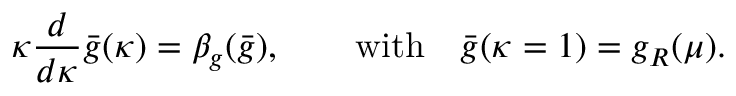
\kappa \frac { d } { d \kappa } \bar { g } ( \kappa ) = \beta _ { g } ( \bar { g } ) , \qquad \mathrm { w i t h } \quad \bar { g } ( \kappa = 1 ) = g _ { R } ( \mu ) .